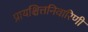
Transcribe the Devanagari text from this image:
प्रायश्चित्तनिवारिणी